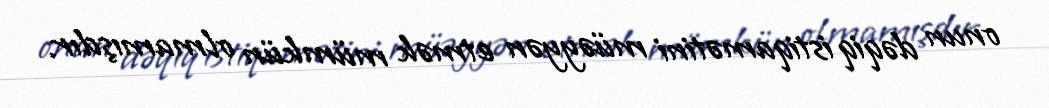
onun dəqiq istiqamətini müəyyən etmək mümkün olmamışdır.